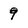
Character: 9